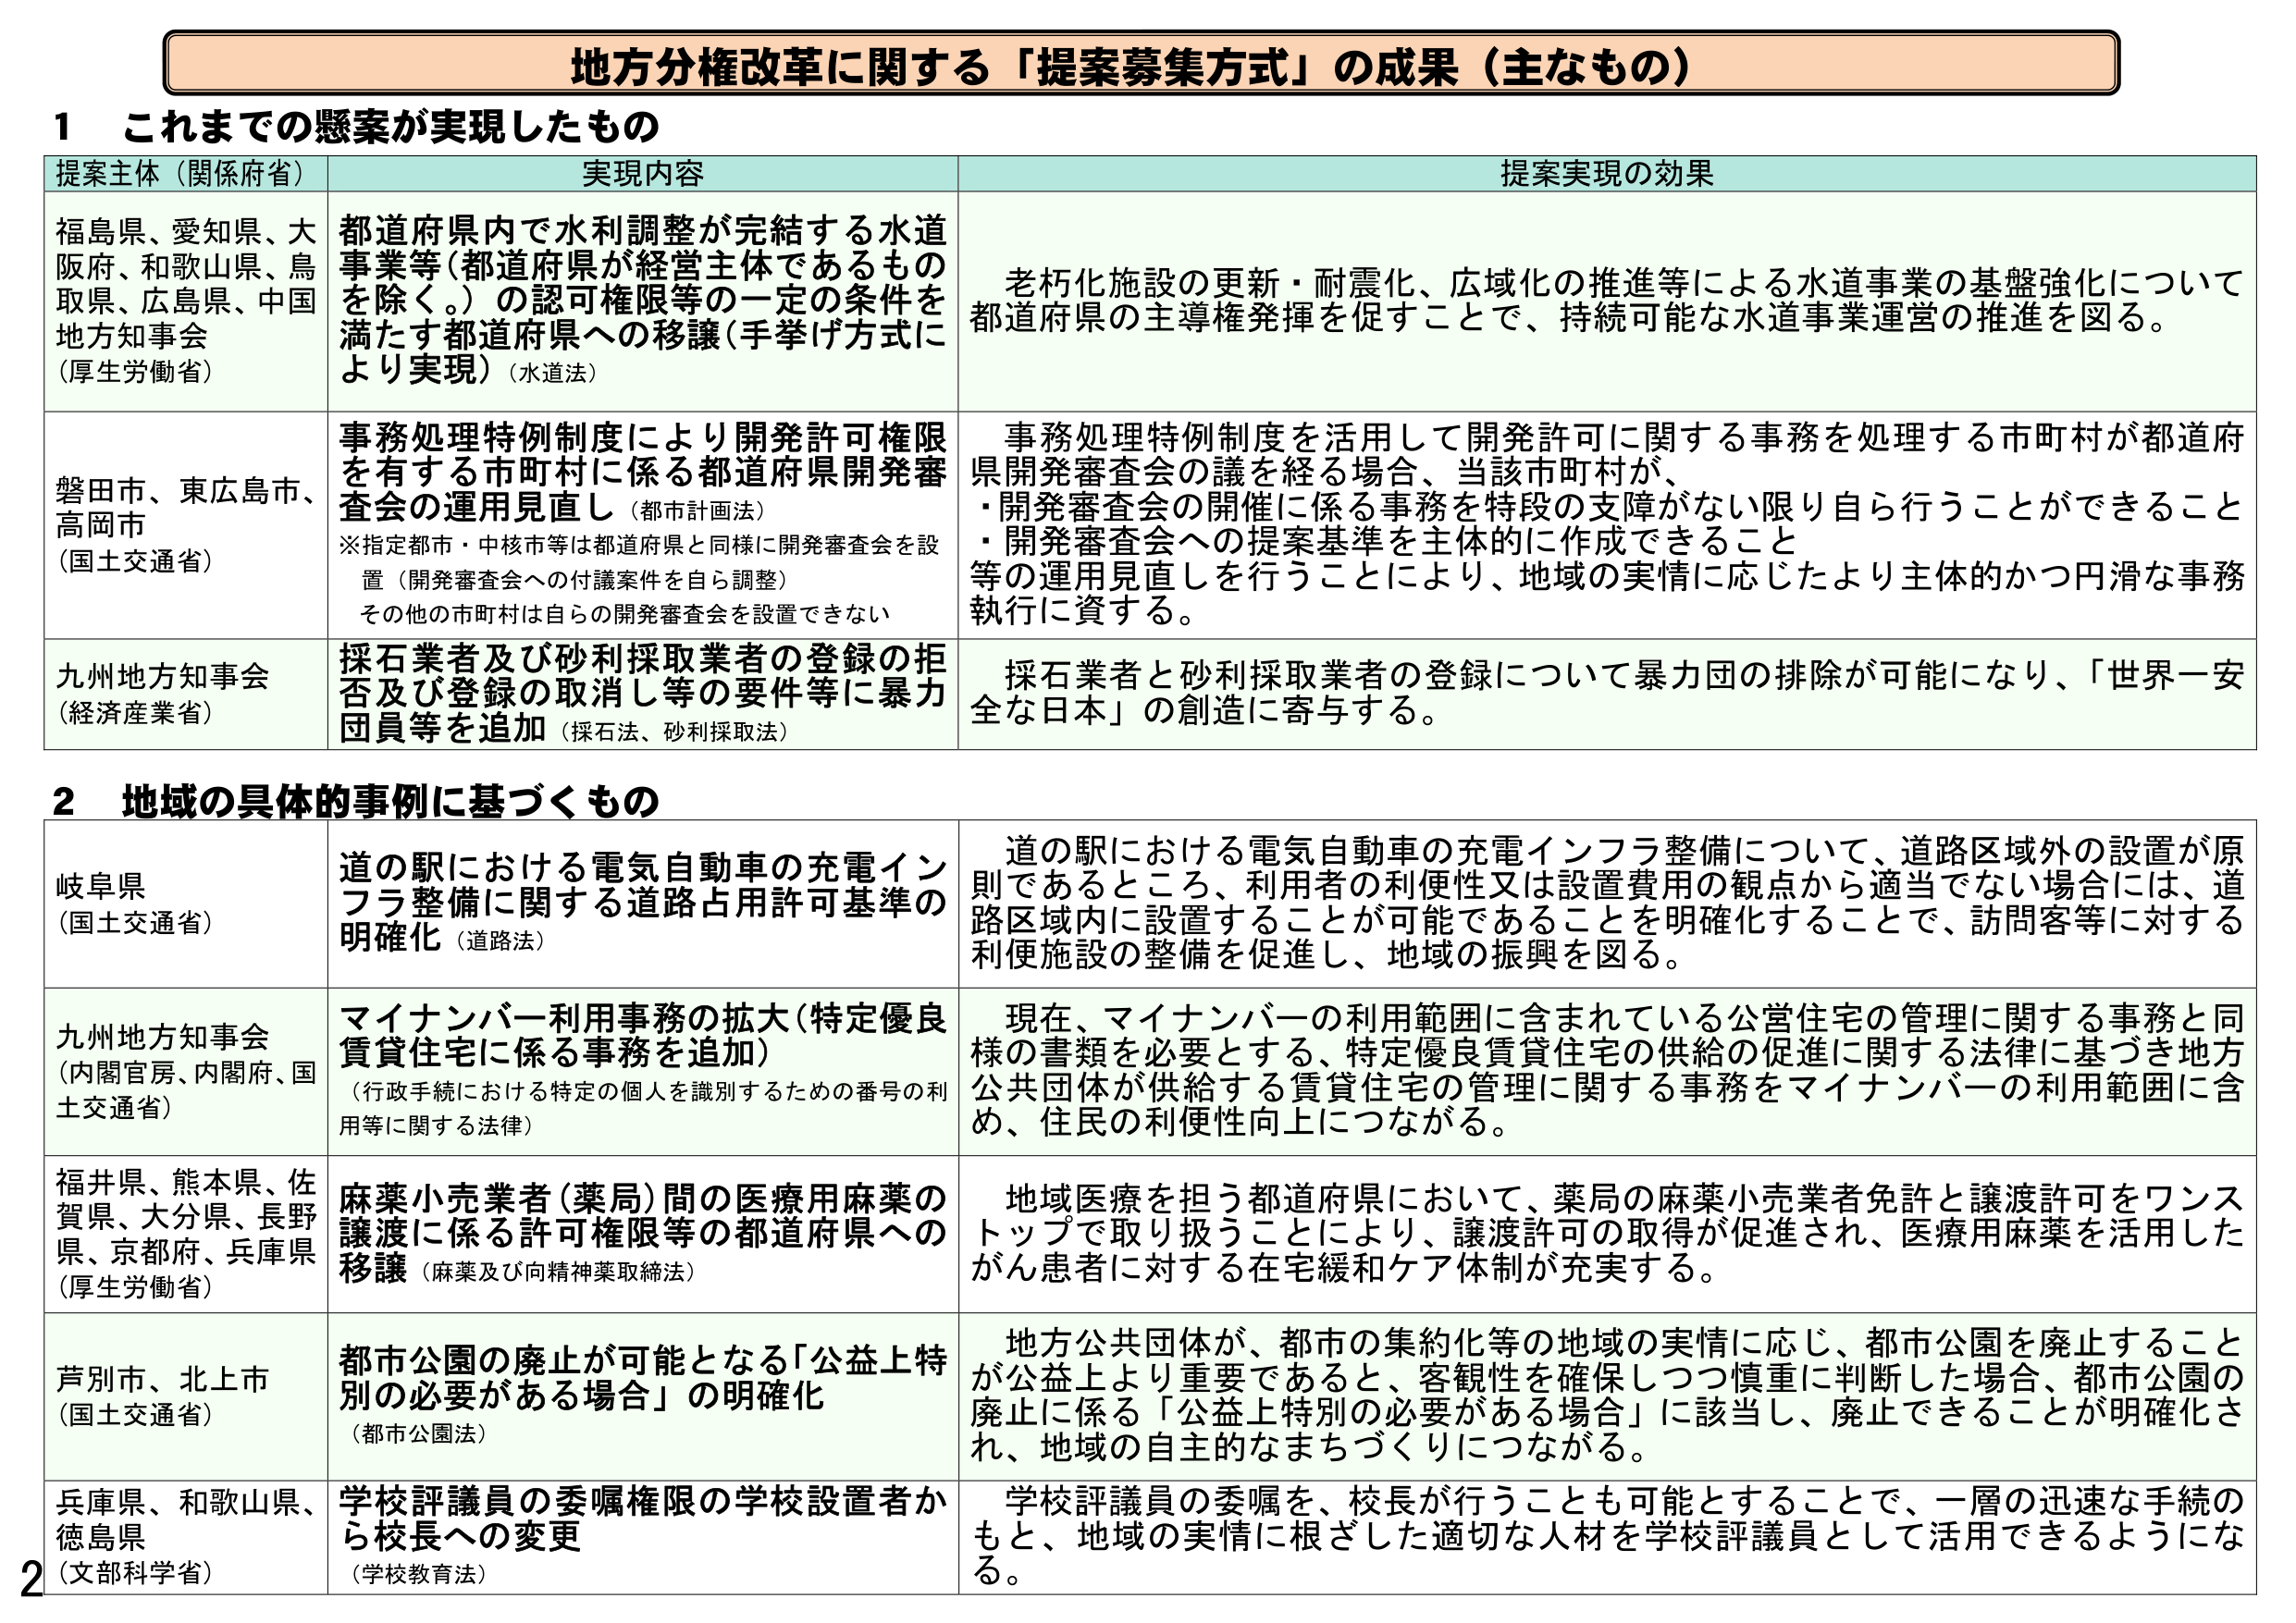
地方分権改革に関する「提案募集方式」の成果（主なもの）

1 これまでの懸案が実現したもの

提案主体（関係府省） 実現内容 提案実現の効果

福島県、愛知県、大阪府、和歌山県、鳥取県、広島県、中国地方知事会（厚生労働省） 都道府県内で水利調整が完結する水道事業等（都道府県が経営主体であるものを除く。）の認可権限等の一定の条件を満たす都道府県への移譲（手挙げ方式により実現）（水道法） 老朽化施設の更新・耐震化、広域化の推進等による水道事業の基盤強化について都道府県の主導権発揮を促すことで、持続可能な水道事業運営の推進を図る。

磐田市、東広島市、高岡市（国土交通省） 事務処理特例制度により開発許可権限を有する市町村に係る都道府県開発審査会の運用見直し（都市計画法）※指定都市・中核市等は都道府県と同様に開発審査会を設置（開発審査会への付議案件を自ら調整）その他の市町村は自らの開発審査会を設置できない 事務処理特例制度を活用して開発許可に関する事務を処理する市町村が都道府県開発審査会の議を経る場合、当該市町村が、・開発審査会の開催に係る事務を特段の支障がない限り自ら行うことができること・開発審査会への提案基準を主体的に作成できること等の運用見直しを行うことにより、地域の実情に応じたより主体的かつ円滑な事務執行に資する。

九州地方知事会（経済産業省） 採石業者及び砂利採取業者の登録の拒否及び登録の取消し等の要件等に暴力団員等を追加（採石法、砂利採取法） 採石業者と砂利採取業者の登録について暴力団の排除が可能になり、「世界一安全な日本」の創造に寄与する。

2 地域の具体的事例に基づくもの

岐阜県（国土交通省） 道の駅における電気自動車の充電インフラ整備に関する道路占用許可基準の明確化（道路法） 道の駅における電気自動車の充電インフラ整備について、道路区域外の設置が原則であるところ、利用者の利便性又は設置費用の観点から適当でない場合には、道路区域内に設置することが可能であることを明確化することで、訪問客等に対する利便施設の整備を促進し、地域の振興を図る。

九州地方知事会（内閣官房、内閣府、国土交通省） マイナンバー利用事務の拡大（特定優良賃貸住宅に係る事務を追加）（行政手続における特定の個人を識別するための番号の利用等に関する法律） 現在、マイナンバーの利用範囲に含まれている公営住宅の管理に関する事務と同様の書類を必要とする、特定優良賃貸住宅の供給の促進に関する法律に基づき地方公共団体が供給する賃貸住宅の管理に関する事務をマイナンバーの利用範囲に含め、住民の利便性向上につながる。

福井県、熊本県、佐賀県、大分県、長野県、京都府、兵庫県（厚生労働省） 麻薬小売業者（薬局）間の医療用麻薬の譲渡に係る許可権限等の都道府県への移譲（麻薬及び向精神薬取締法） 地域医療を担う都道府県において、薬局の麻薬小売業者免許と譲渡許可をワンストップで取り扱うことにより、譲渡許可の取得が促進され、医療用麻薬を活用したがん患者に対する在宅緩和ケア体制が充実する。

芦別市、北上市（国土交通省） 都市公園の廃止が可能となる「公益上特別の必要がある場合」の明確化（都市公園法） 地方公共団体が、都市の集約化等の地域の実情に応じ、都市公園を廃止することが公益上より重要であると、客観性を確保しつつ慎重に判断した場合、都市公園の廃止に係る「公益上特別の必要がある場合」に該当し、廃止できることが明確化され、地域の自主的なまちづくりにつながる。

兵庫県、和歌山県、徳島県（文部科学省） 学校評議員の委嘱権限の学校設置者から校長への変更（学校教育法） 学校評議員の委嘱を、校長が行うことも可能とすることで、一層の迅速な手続のもと、地域の実情に根ざした適切な人材を学校評議員として活用できるようになる。